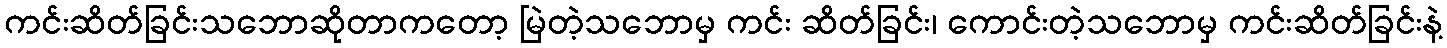
ကင်းဆိတ်ခြင်းသဘောဆိုတာကတော့ မြဲတဲ့သဘောမှ ကင်း ဆိတ်ခြင်း၊ ကောင်းတဲ့သဘောမှ ကင်းဆိတ်ခြင်းနဲ့